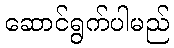
ဆောင်ရွက်ပါမည်